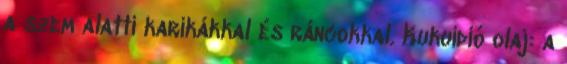
a szem alatti karikákkal és ráncokkal. Kukuidió olaj: a